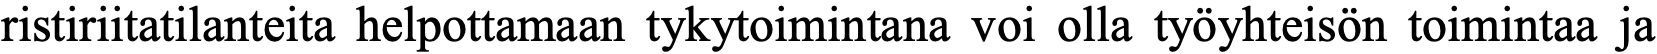
ristiriitatilanteita helpottamaan tykytoimintana voi olla työyhteisön toimintaa ja